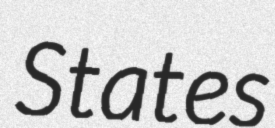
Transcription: States